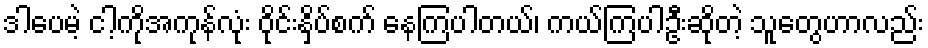
ဒါပေမဲ့ ငါ့ကိုအကုန်လုံး ဝိုင်းနှိပ်စက် နေကြပါတယ်၊ ကယ်ကြပါဦးဆိုတဲ့ သူတွေဟာလည်း